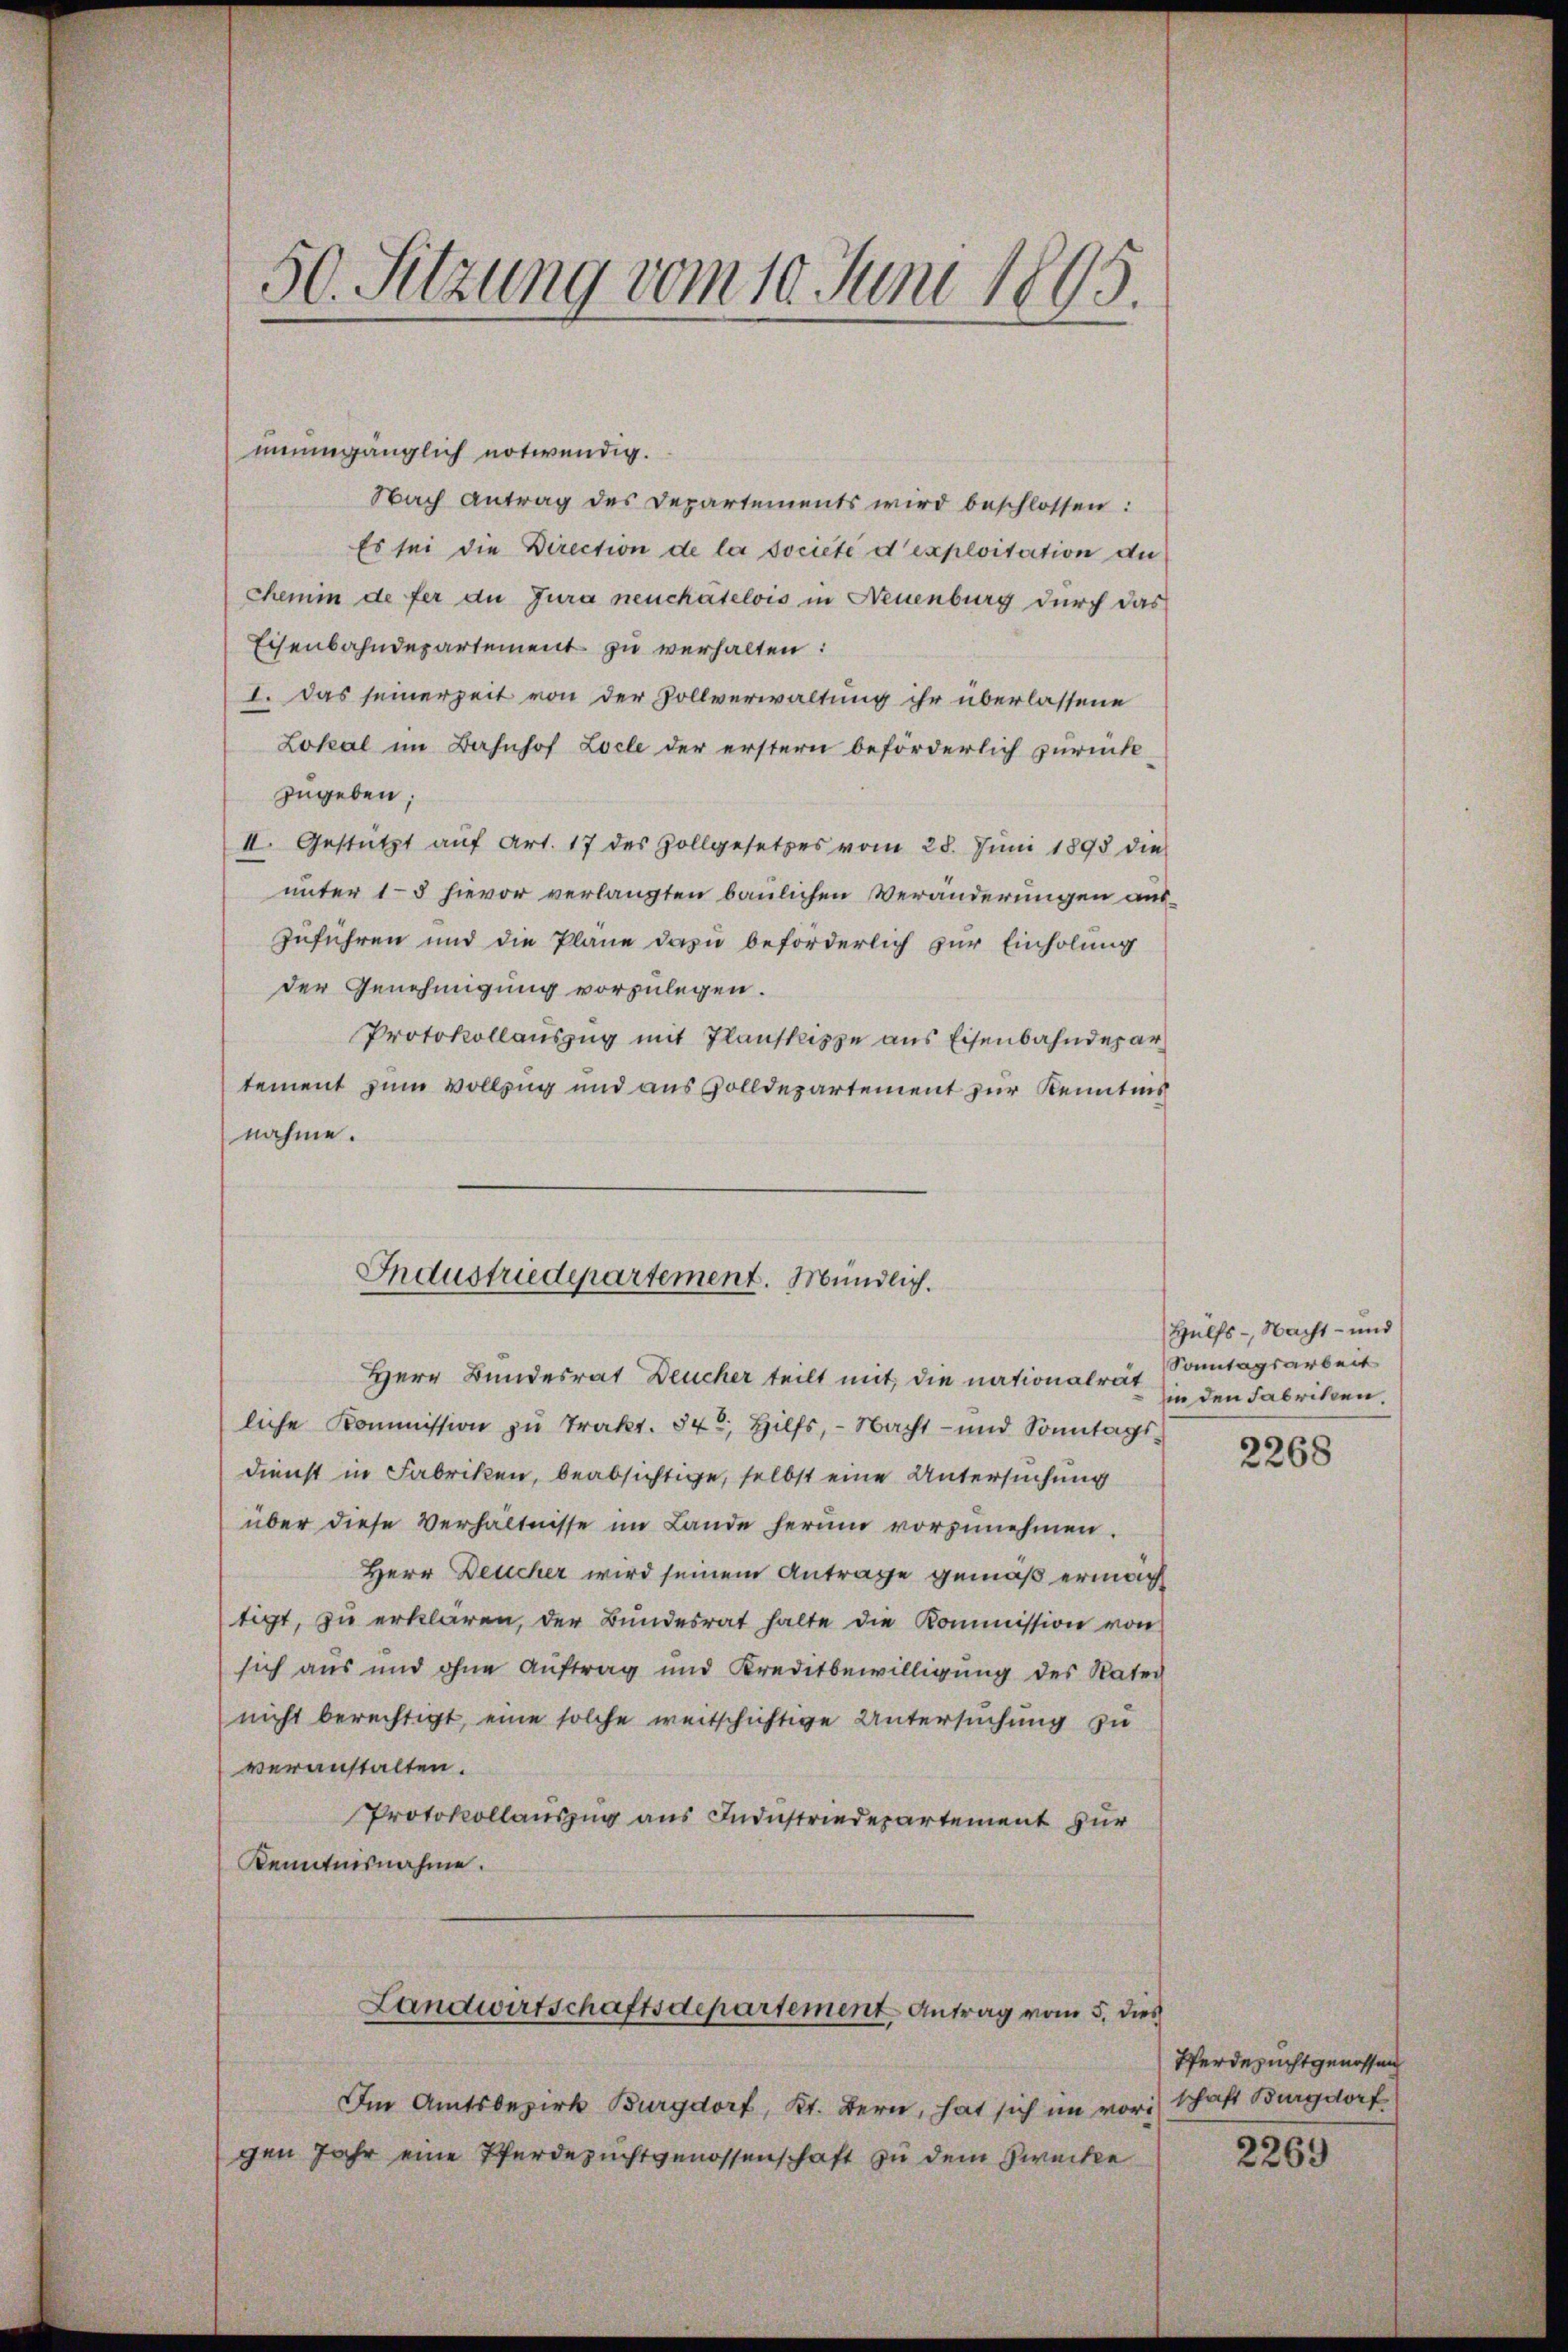
50. Sitzung vom 10. Juni 1895.

unumgänglich notwendig.
Nach Antrag des Departements wird beschlossen:
Es sei die Direction de la societe d’exploitation de
Chemin de fer du Jura neuchâtelois in Neuenburg durch das
Eisenbahndepartement zu verhalten:
I. Das seinerzeit von der Zollverwaltung ihr überlassene
Lokal im Bahnhof Locle der erstern beförderlich zurück-
zugeben;
II. Gestützt auf Art. 17 des Zollgesetzes vom 28. Juni 1895 die
unter 15 hievor verlangten baulichen Veränderungen auszuführen und die Pläne dazu beförderlich zur Einholung
der Genehmigung vorzulegen.
Protokollauszug mit Planskisze aus Eisenbahndepar
tement zum Vollzug und aus Zolldepartement zur Kenntnis
nahme.
Herr Bundesrat Deucher teilt mit, die nationalrät
liche Kommission zu Trakt. 842, Hilfs, - Nacht- und Sonntags¬
Dienst in Fabriken, beabsichtige, selbst eine Untersuchung
über diese Verhältnisse im Lande herum vorzunehmen.
Herr Deucher wird seinem Antrage gemäß ermächt
tigt, zu erklären, der Bundesrat halte die Kommission von
sich aus und ohne Auftrag und Kreditbewilligung des Nater
nicht berechtigt, eine solche weitschichtige Untersuchung zu
veranstalten.
Protokollauszug aus Industriedepartement zur
Kenntnisnahme.
Landwirtschaftsdepartement Antrag vom 5. dies
Im Amtsbezirk Burgdorf, Kt. Bern, hat sich im vorgen Jahr eine Pferdezuchtgenossenschaft zu dem Zwecke

Industriedepartement. Mündlich.

Hülfs- Nacht- und
Sonntagsarbeit
in den Fabriken.

2268

Pferdezuchtgenossen
schaft Burgdorf

2269